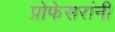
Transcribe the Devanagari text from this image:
प्रोफेसरांनी